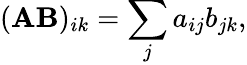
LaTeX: (\mathbf{A}\mathbf{B})_{ik}=\sum_{j}a_{ij}b_{jk},